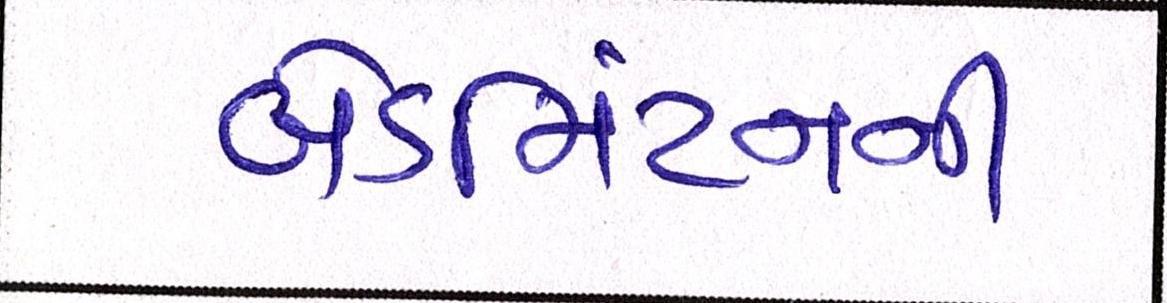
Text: બેડમિંટનની